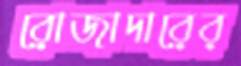
রোজাদারের